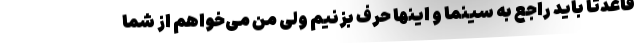
قاعدتا باید راجع به سینما و اینها حرف بزنیم ولی من می‌خواهم از شما